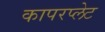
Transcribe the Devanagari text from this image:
कापरप्लेट